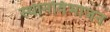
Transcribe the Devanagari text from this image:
स्थानविभाजन